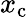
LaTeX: x_{\mathrm{c}}